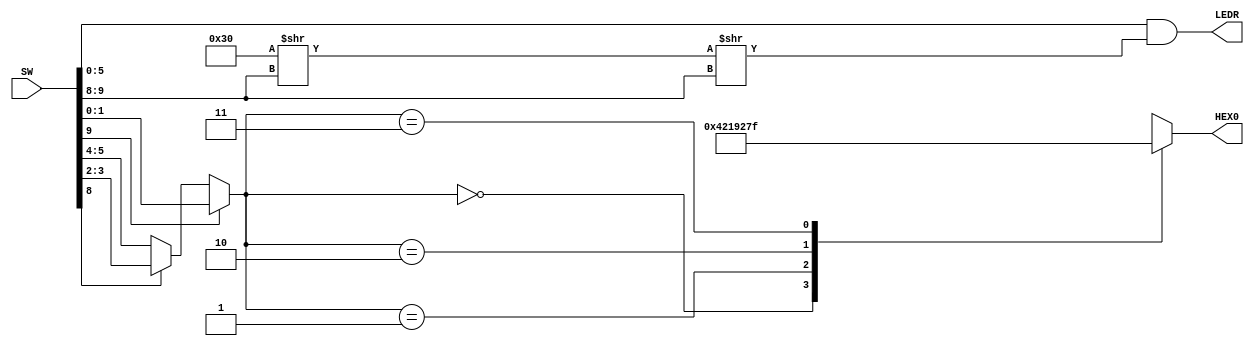
/*
	Author: Quyet Luu
	Date: 7/25/2016
*/
module lab1_part5(SW,LEDR,HEX0);
input[9:0] SW;
output [9:0] LEDR;
output reg [6:0] HEX0;
wire [1:0] connecttion;

assign connecttion = SW[9]? SW[1:0] : 
				  SW[8]? SW[3:2] : SW[5:4];
				  
assign LEDR = SW[5:0] & ( 10'b110000 >> SW[9:8] >> SW[9:8] );

always @ (connecttion)
begin
	case(connecttion)
		2'h0: HEX0[6:0] = 7'b0100001;
		2'h1: HEX0[6:0] = 7'b0000110;
		2'h2: HEX0[6:0] = 7'b0100100;
		2'h3: HEX0[6:0] = 7'b1111111;
	endcase
end
				  
endmodule